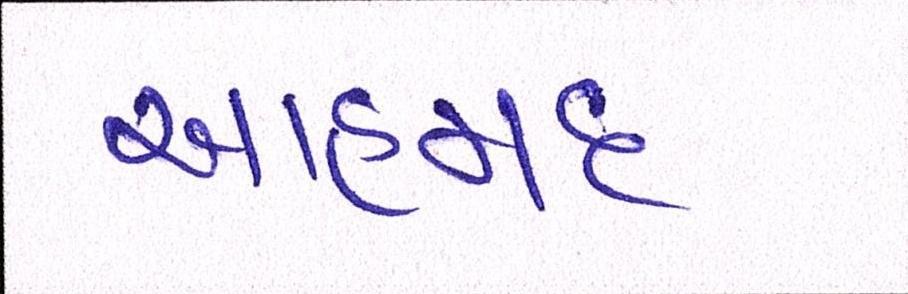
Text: આહમદ